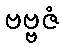
ဗဗ္ဗဇံ